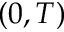
( 0 , T )